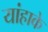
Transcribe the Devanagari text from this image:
यांहाके